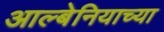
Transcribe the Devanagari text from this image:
आल्बेनियाच्या